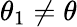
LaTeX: \theta_{1}\neq\theta